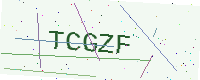
Text: TCGZF